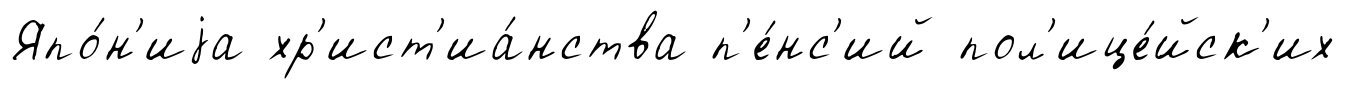
Япо́н'иjа хр'ист'иа́нства п'е́нс'ий пол'ице́йск'их